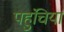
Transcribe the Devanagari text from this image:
पहुंचियां